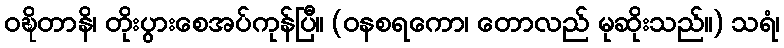
ဝဍ္ဎိတာနိ၊ တိုးပွားစေအပ်ကုန်ပြီ။ (ဝနစရကော၊ တောလည် မုဆိုးသည်။) သရံ၊